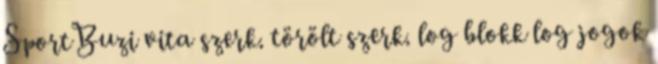
SportBuzi vita szerk. törölt szerk. log blokk log jogok